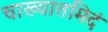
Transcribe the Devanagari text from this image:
चाख्यातमिदं